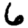
Digit: 6